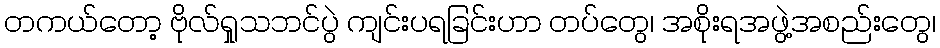
တကယ်တော့ ဗိုလ်ရှုသဘင်ပွဲ ကျင်းပရခြင်းဟာ တပ်တွေ၊ အစိုးရအဖွဲ့အစည်းတွေ၊